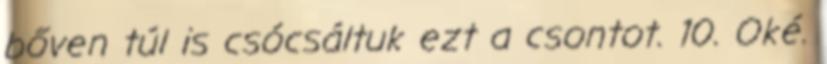
bőven túl is csócsáltuk ezt a csontot. 10. Oké.